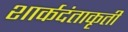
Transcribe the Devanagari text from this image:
शार्कदंताकृती